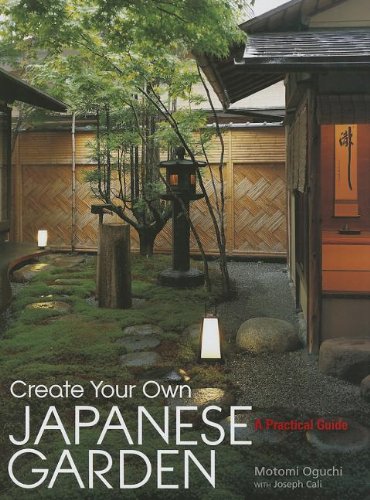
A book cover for Create Your Own Japanese Garden: A Practical Guide; Motomi Oguchi; Crafts, Hobbies & Home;